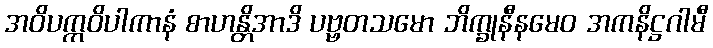
အဝိပက္ကဝိပါကာနံ စာဟန္တိအာဒိ ပဗ္ဗတသမော ဘိက္ခုနီနမေဝ အကနိဋ္ဌဂါမီ